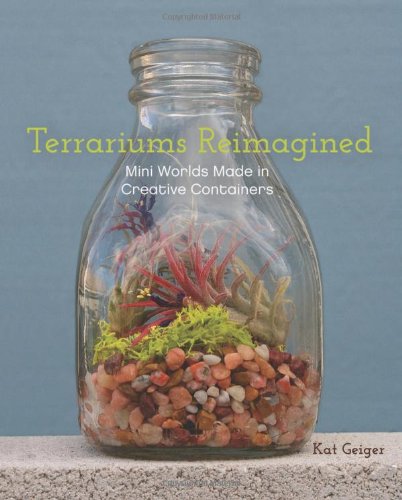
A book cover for Terrariums Reimagined: Mini Worlds Made in Creative Containers; Kat Geiger; Crafts, Hobbies & Home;